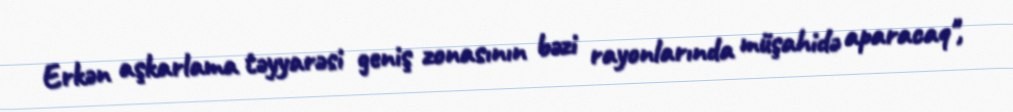
Erkən aşkarlama təyyarəsi geniş zonasının bəzi rayonlarında müşahidə aparacaq",